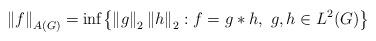
LaTeX: \begin{align*}\left\Vert f \right\Vert_{A(G)}=\inf\bigl\{\left\Vert g \right\Vert_2 \left\Vert h \right\Vert_2 : f=g\ast h, \ g,h\in L^2(G)\bigr\}\end{align*}